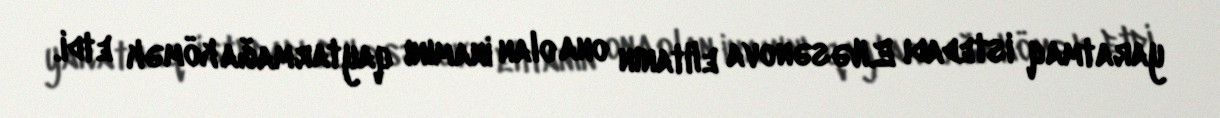
yaratmaq istedadı E.Həsənova elitanın ona olan inamını qaytarmağa kömək etdi.